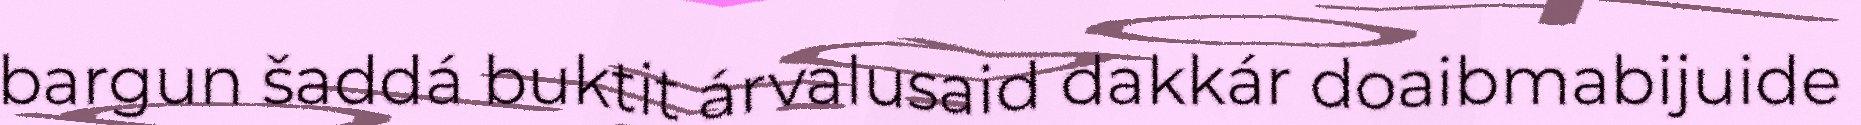
bargun šaddá buktit árvalusaid dakkár doaibmabijuide